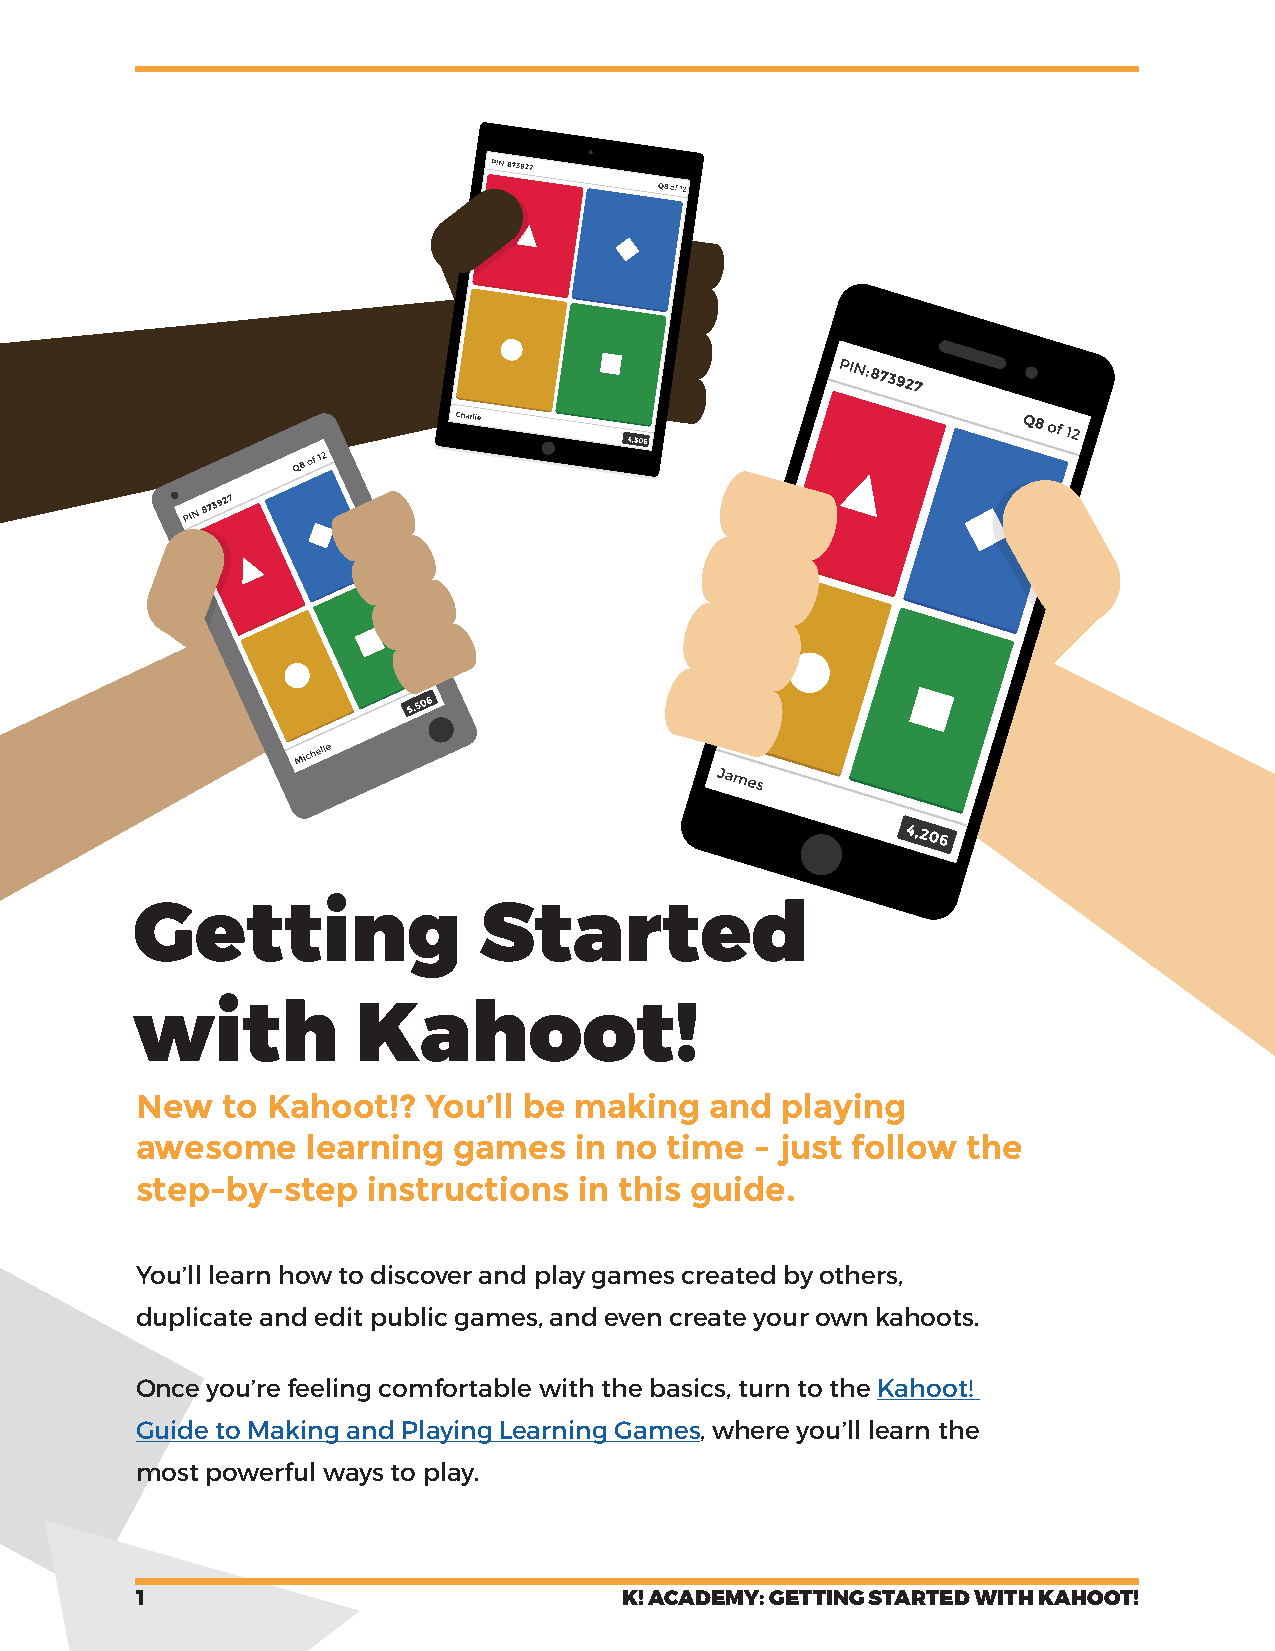
Getting                Started
 with           Kahoot!
 New   to Kahoot!?  You’ll be making   and  playing
 awesome    learning  games   in no time  - just follow the
 step-by-step   instructions  in this guide.
 You’ll learn how to discover and play games created by others,
 duplicate and edit public games, and even create your own kahoots.
 Once you’re feeling comfortable with the basics, turn to the Kahoot!
 Guide to Making and Playing Learning Games, where you’ll learn the
 most powerful ways to play.
 1                               K! ACADEMY: GETTING STARTED WITH KAHOOT!